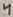
Text: 4